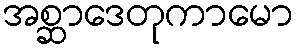
အစ္ဆာဒေတုကာမော